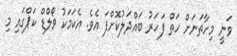
ވަނީ މިހާތަނަށް ހަތް ފަހަރު ބައްދަލުކޮށްފަ އެވެ. އެކަމަކު ވޯލްޑް ކަޕްގައި މި